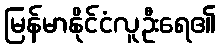
မြန်မာနိုင်ငံလူဦးရေ၏